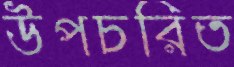
উপচরিত